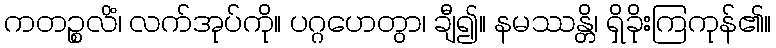
ကတဉ္စလိံ၊ လက်အုပ်ကို။ ပဂ္ဂဟေတွာ၊ ချီ၍။ နမဿန္တိ၊ ရှိခိုးကြကုန်၏။